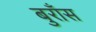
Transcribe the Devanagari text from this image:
बुराँस